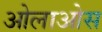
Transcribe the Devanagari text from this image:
ओलाओस